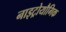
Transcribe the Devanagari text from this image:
नाइट्रोयौगिक